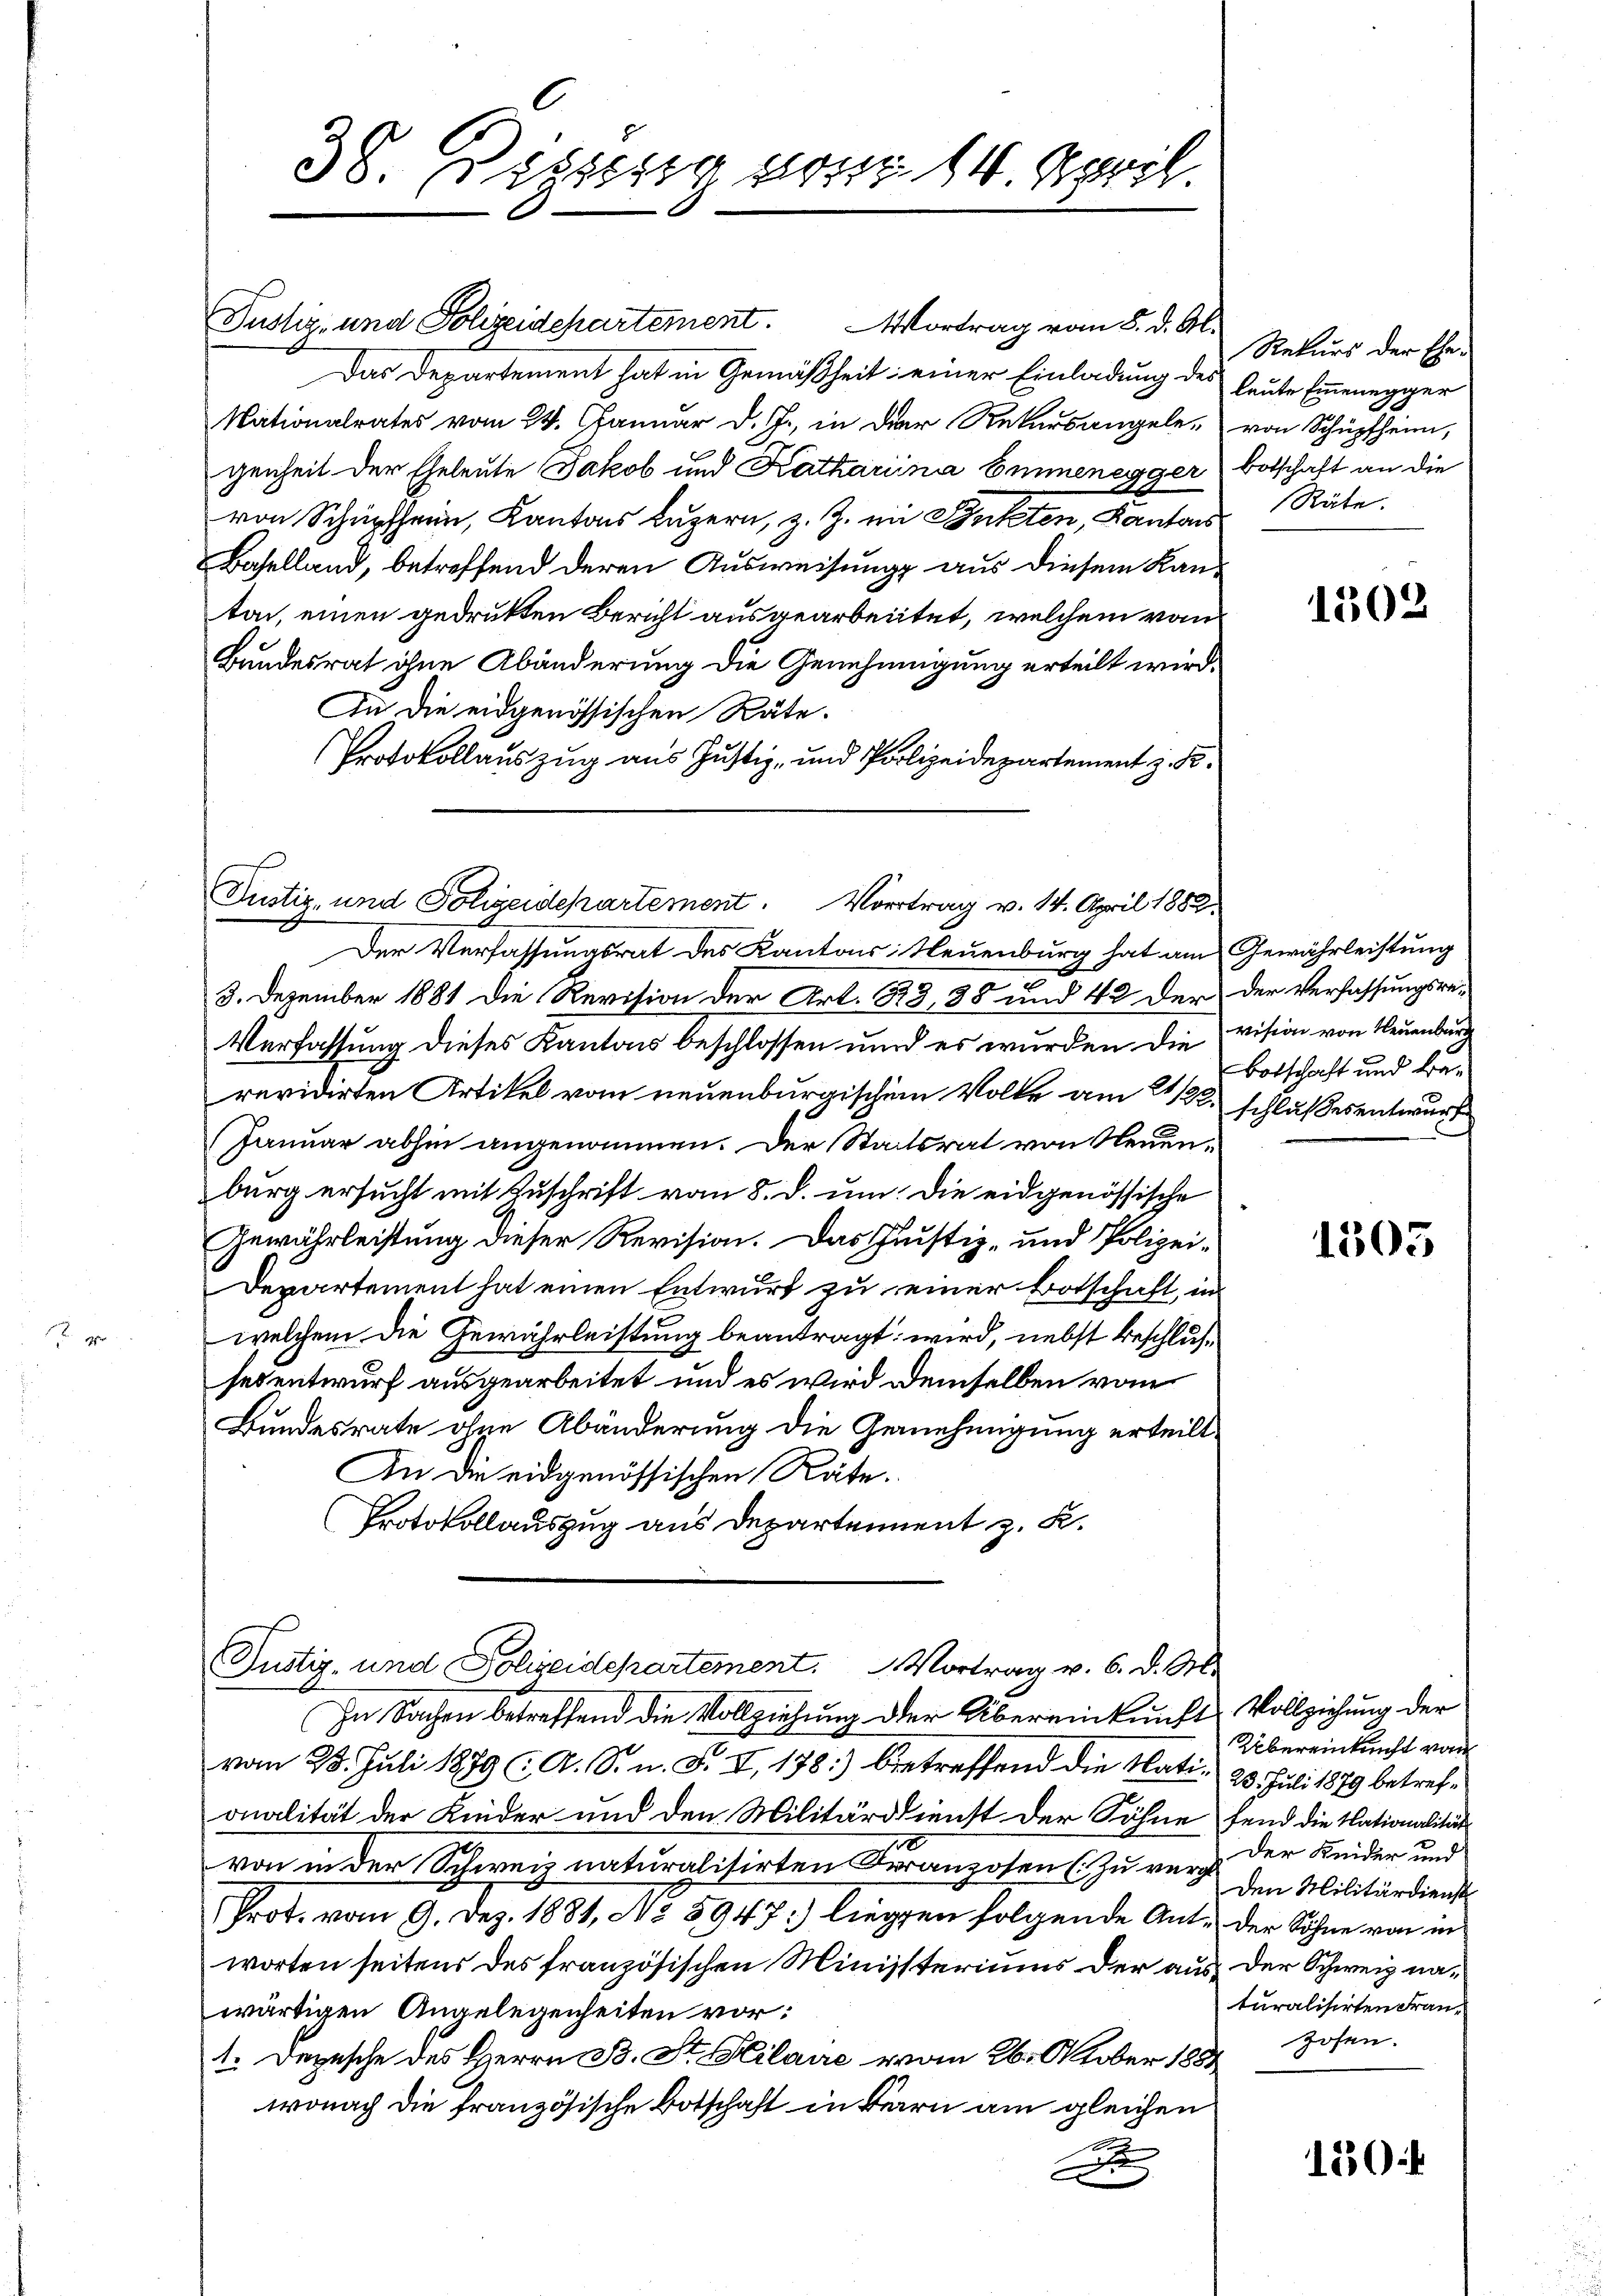
Justiz- und Polizeidepartement. Wortrag vom 8. d. Al.
Das Departement hat in Gemäßheit einer Einladung des
Nationalrates vom 24. Januar d. J., in der Rekursangele, von Schüpfheim,
genheit der Eheleute Jakob und Katharina Emmenegger botschaft an die
von Schüpfheim, Kantons Luzern, z. Z. im Butten, Kantons
Baselland, betreffend deren Ausweisung aus diesem Kanton, einen gedrukten Bericht ausgearbeitet, welchem von
Bundesrat ohne Abänderung die Genehmigung erteilt wird.
In die eidgenössischen Räte.
Protokollauszug aus Justiz- und Polizeidepartement z. B.

38. Dessig vom 14. April.

Der Verfassungsrat des Kantons Neuenburg hat am Gewährleistung
3. Dezember 1881 die Revision der Art. 83, 38 und 42 der der Verfassungsre¬
Verfassung dieses Kantons beschlossen und es wurden die vision von Neuenburg
revidirten Artikel vom neuenburgischem Volke am 21/22. schlußesentwurf
(Januar abhin angenommen. Der Staatsrat von Neuenburg ersucht mit Zuschrift vom 8. d. um. Die eidgenössische
Gewährleistung dieser Revision. Das Justiz- und Polizei¬
Departement hat einen Entwurf zu einer Botschaft, in
welchem die Gewährleistung beantragt: wird, nebst beschlussesentwurf ausgearbeitet und es wird demselben vom
Bundesrate ohne Abänderung die Genehmigung erteilt.
An die eidgenössischen Räte.
Protokollauszug aus Departement z. K.

Justiz- und Polizeidepartement. Vortrag v. 14. April 1882.

Justiz- und Polizeidepartement. Vortrag v. 6. d. M.

Rekurs der Eheleute Einenegger
Räte.

In Sachen betreffend die Vollziehung der Übereinkunft Vollziehung der
vom 23. Juli 1879 (: A. S. n. F. XI. 178) betreffend die Nati. 23. Juli 1879 betrefonalität der Kinder und den Militärdienst der Söhne fend die Nationalität
von in der Schweiz naturalisirten Beranzosen zu verz. Der Keider und
Prot. vom 9. Dez. 1881, No 5947:) liegen folgende Ant. der Söhne von ei
worten seitens des französischen Ministeriums der aus der Schweiz nawärtigen Angelegenheiten vor:
1. Depesche des Herrn B. St. Kilaire vom 26. Oktober 1881
wonach die französische Botschaft in Bern am gleichen
S
d

1502

Botschaft und Ba¬

1503

Übereinkunft vom
Den Militärdienst
turalisirten Franzosen.

150